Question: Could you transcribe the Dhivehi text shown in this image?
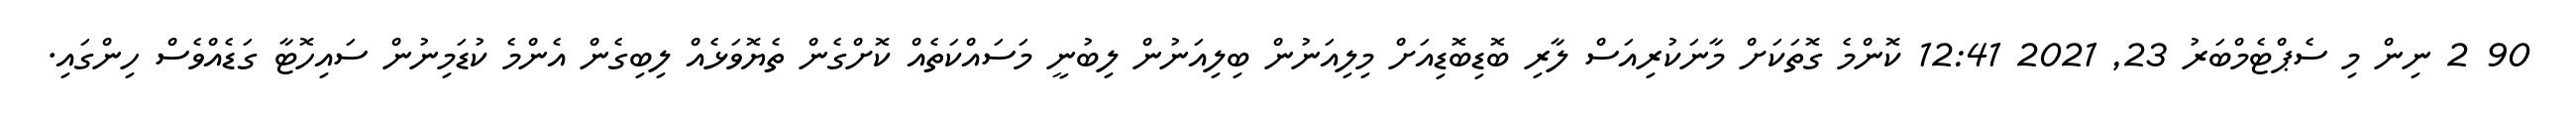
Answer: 90 2 ނިން މި ސެޕްޓެމްބަރު 23, 2021 12:41 ކޮންމެ ގޮތަކަށް މާނަކުރިއަސް ލާރި ބޮޑިބޮޑިއަށް މިލިއަނުން ބިލިއަނުން ލިބުނީ މަސައްކަތެއް ކޮށްގެން ތެޔޮވަޅެއް ލިބިގެން އެންމެ ކުޑަމިނުން ސައިހޮޓާ ގަޑެއްވެސް ހިންގައި.